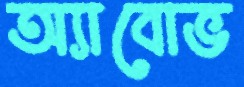
অ্যাবোভ